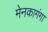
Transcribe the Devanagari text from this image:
मेनकागंगा